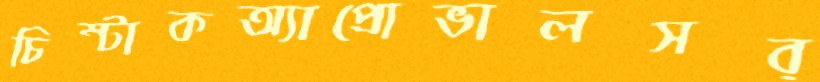
চিম্‌টাকঅ্যাপ্রোভালসব্